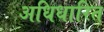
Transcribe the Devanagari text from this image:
अधिधारित